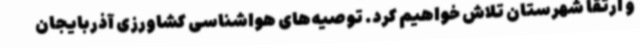
و ارتقا شهرستان تلاش خواهیم کرد. توصیه‌های هواشناسی کشاورزی آذربایجان